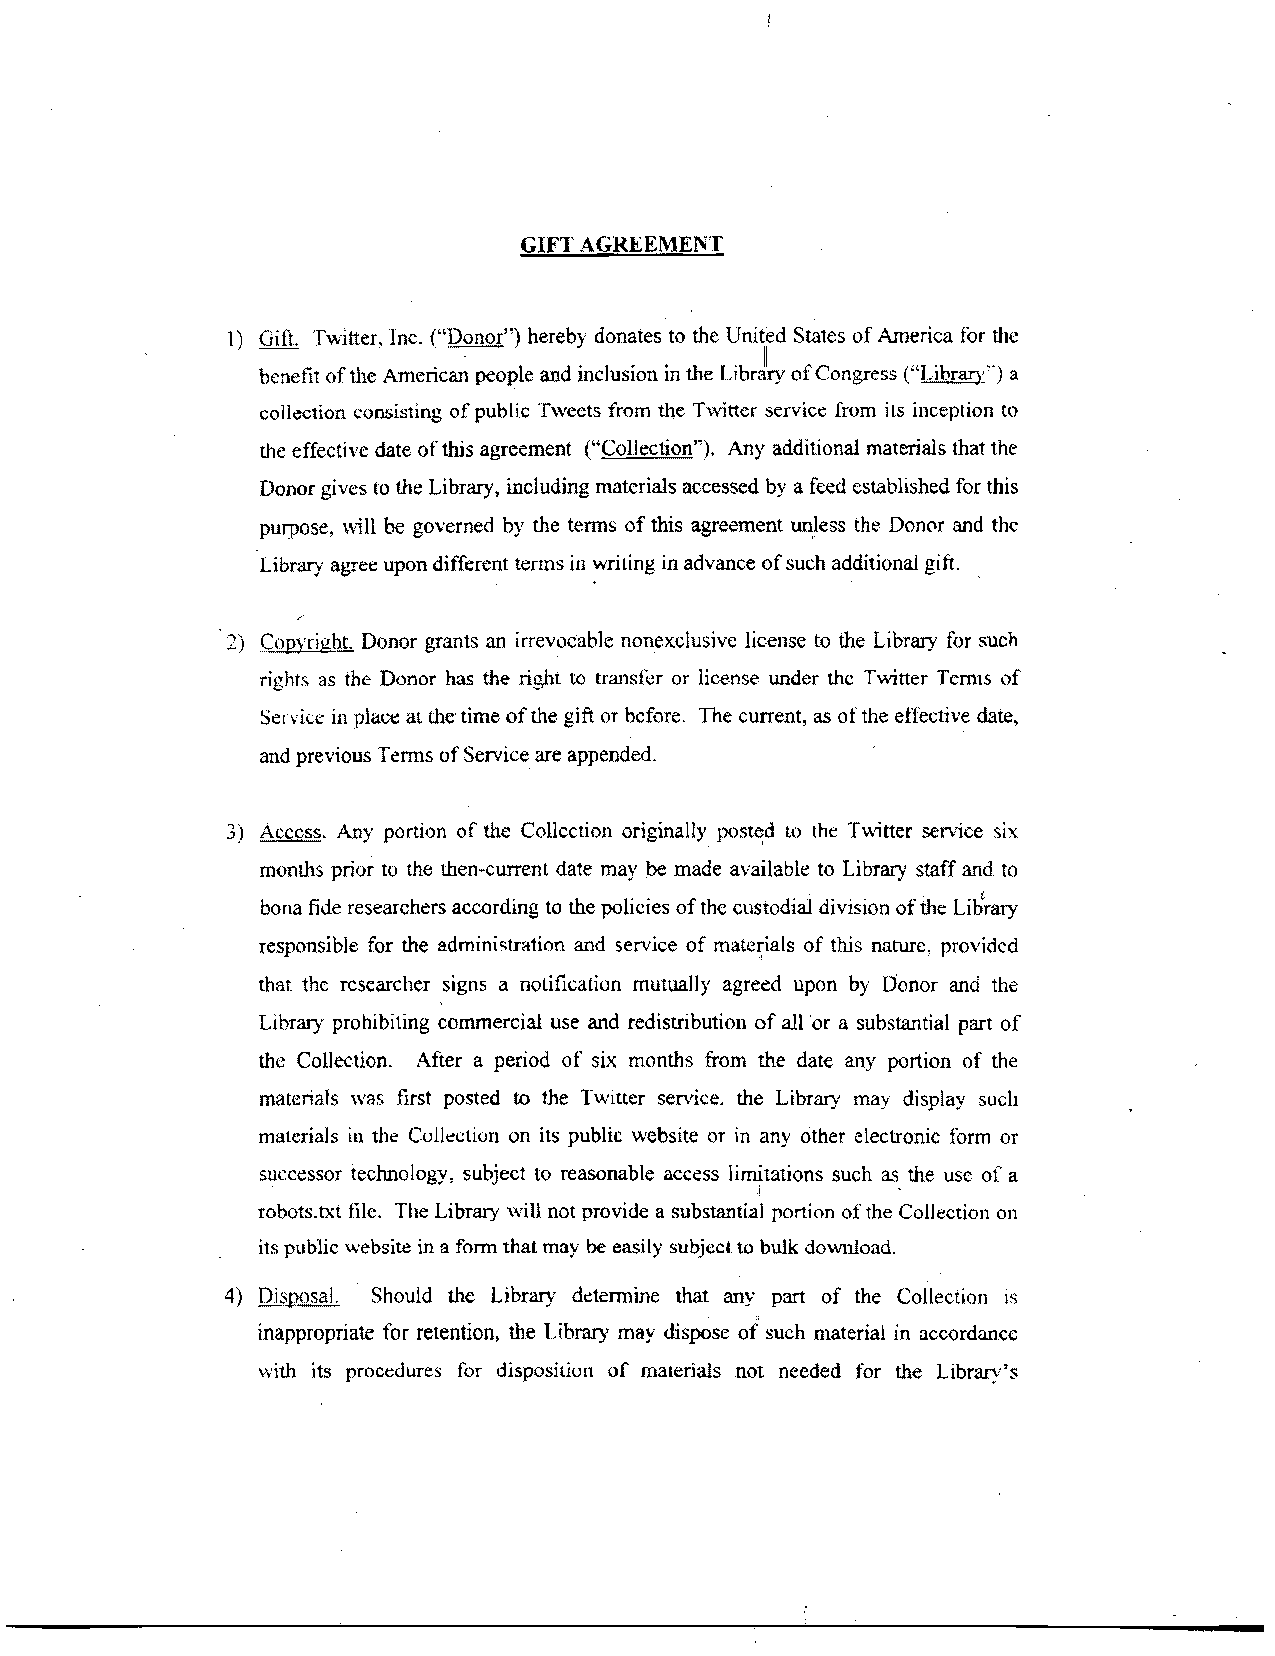
1) C d . rultter. Inc. ("Donor") herebj donates to the United States of America for the
 I1
 benefit of the American people and inclusion in the 1,ihra~of Congress ("1,ihrq") a
 collection consisting of public rweets from the Twitter service l'rom ~tisn ception to
 the effect~d~acte ot'th~sag reement ("Collection"). .4ny addittonal materials that the
 Donor givcs lo h eL ibrary, including materials accessed by a feed established for this
 purpose, nil1 be governed by the terms of this agreement unless the Donor and thc
 Libra) agree upon different terrns in writing in advance of such additional gift.
 Zj Cowright. Donor grants an irrevocahle nonexclusivc licensc to the Library for such
 rightc as the Donor has the ri_i&r to transfer or license under thc Twitter Tcmis of
 5c1\ ice in place a1 he time of the gift or bcfore. The current, as of the effectrve date,
 and previous Terms of Service are appended.
 3) Acccss. Any portion of thc Collection originalIy posted tu thc 'Iwitter senice six
 mondls prior to the hen-current date may be made akailable to Library staff and to
 I
 bona fide researchers according to the policies of thc cusrod~adl ivlsion of rht: Library
 responsible for the administration and service of materials of this nature. providcd
 thar thc rcsearcher signs a notification mutually agreed upon by Donor and the
 Library proh~bitrngc ommercial use and redistr~hutiono f all or a substantial part of
 thc Collection. After a period of six months from the date any portion of the
 materials was first posted to the Twltter senrice. the Library may display such
 matcrials In the Culle~tiorio n its public website or In any other electromc form or
 successor te~hnologys~u bject to reasonable access limitations such as the use of a
 I
 robots.bit filc. The Library nlll not provide a substantial portion of the Collection on
 its public website in a form that may be easily subjcct to bulk download.
 4) Dis-wsal. Should the Library determine that any part of the Collectior~ IS
 inappropriate for retention, the 1,ibr;u)r may dispose of such material in accordance
 ~ i t hits procedures for disposiiiun or materials not needed for the Llbraq's